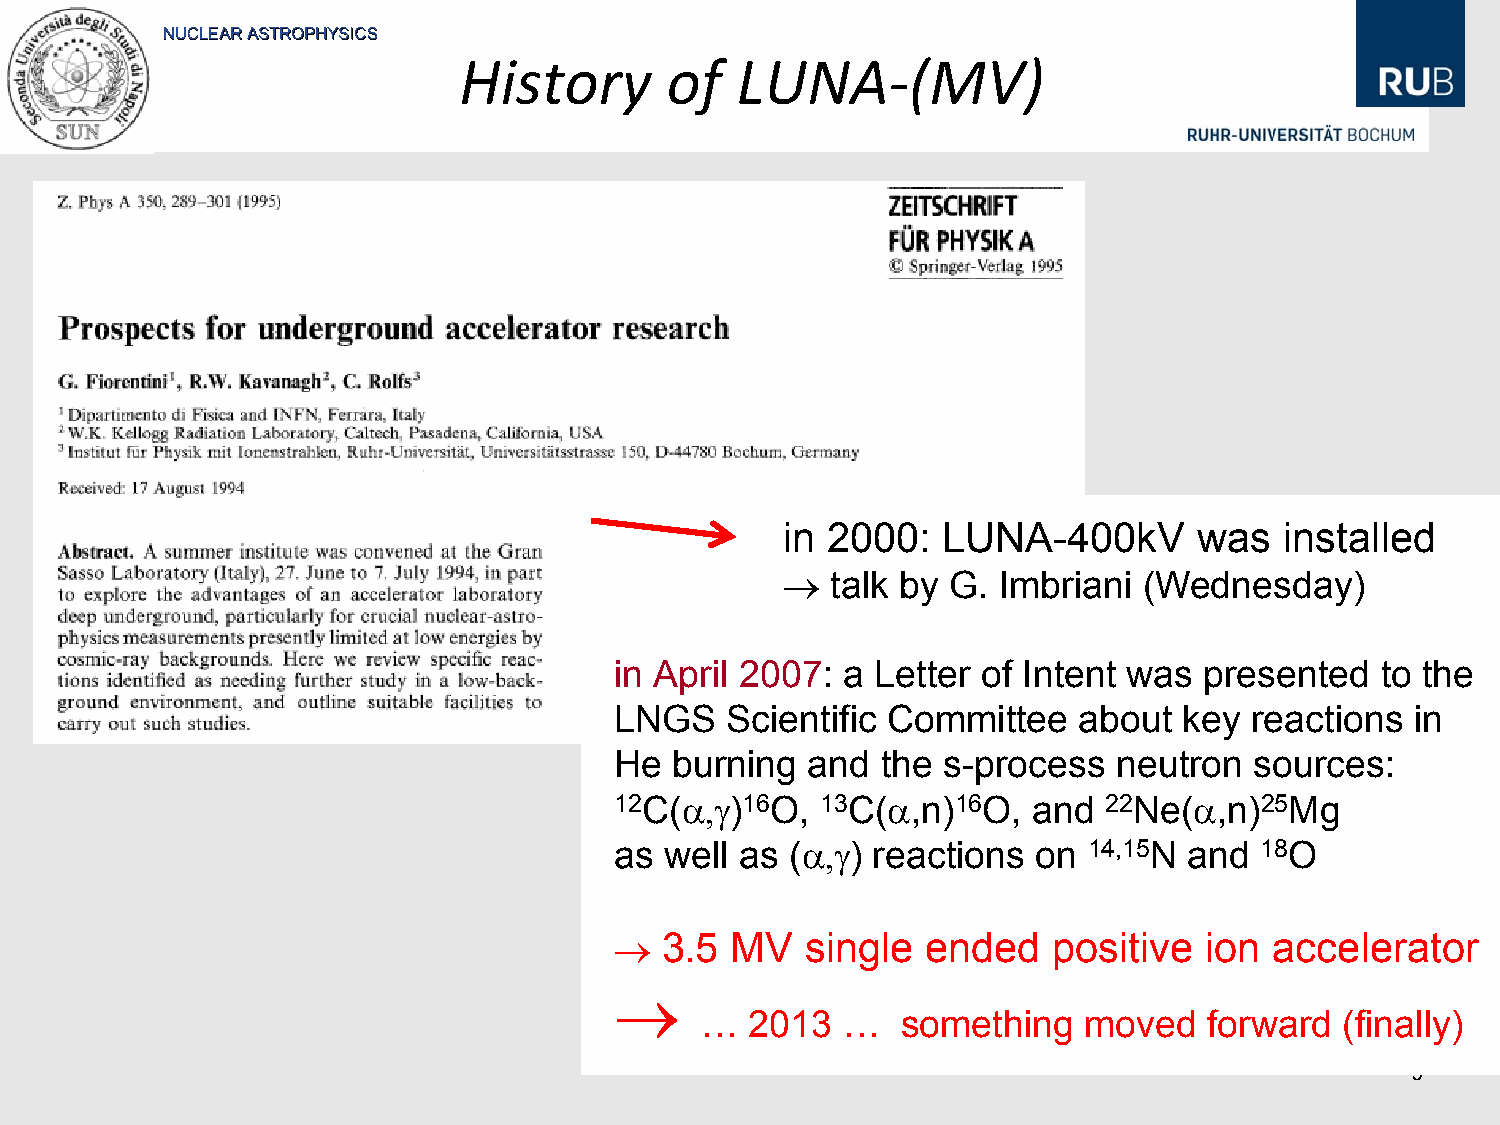
NNUUCCLLEEAARR AASSTTRROOPPHHYYSSIICCSS
 History       of  LUNA‐(MV)
 in 2000:   LUNA-400kV       was  installed
 →  talk by G.  Imbriani (Wednesday)
 in April 2007: a Letter of Intent was  presented   to the
 LNGS    Scientific Committee   about  key reactions  in
 He  burning  and  the s-process  neutron  sources:
 12C(α,γ)16O,  13C(α,n)16O,  and  22Ne(α,n)25Mg
 as well as  (α,γ) reactions on 14,15N and  18O
 →  3.5  MV   single  ended   positive  ion  accelerator
 →
 …  2013  …   something   moved   forward  (finally)
 3